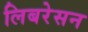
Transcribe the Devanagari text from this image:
लिबरेसन